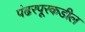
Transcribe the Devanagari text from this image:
पंढरपूरकडील